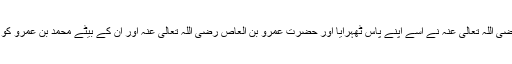
حضرت عمر رضی اللہ تعالیٰ عنہ نے اسے اپنے پاس ٹھہرایا اور حضرت عمرو بن العاص رضی اللہ تعالیٰ عنہ اور ان کے بیٹے محمد بن عمرو کو مدینہ بلوا بھیجا۔